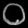
Digit: ၀